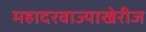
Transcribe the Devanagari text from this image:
महादरवाज्याखेरीज